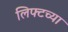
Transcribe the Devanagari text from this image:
लिफ्टच्या